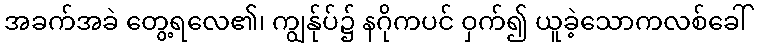
အခက်အခဲ တွေ့ရလေ၏၊ ကျွန်ုပ်၌ နဂိုကပင် ဝှက်၍ ယူခဲ့သောကလစ်ခေါ်